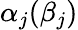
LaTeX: \alpha_{j}(\beta_{j})